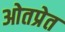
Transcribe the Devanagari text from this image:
ओतप्रेत